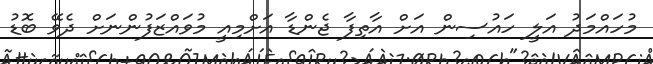
މުހައްމަދު އަލީ ހައުސިން އަށް އާތިފާ ޖެންޑާ އަށްމިއީ މުވައްޒަފުންނަށް ދެވޭ ބޮޑު